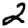
Digit: 2